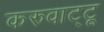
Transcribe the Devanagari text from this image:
करुवाट्टू